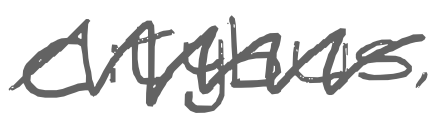
Text: Citybus,
Cross-out: zig-zag
Writing tool: digital_gray